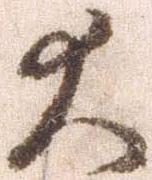
大